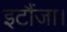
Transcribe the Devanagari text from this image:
इटौंजा।